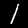
Digit: 1